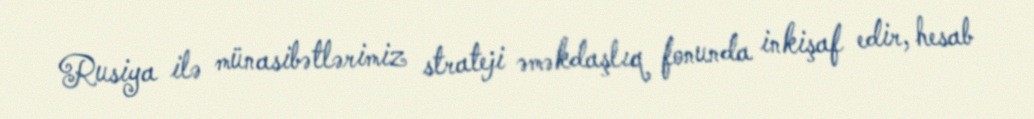
Rusiya ilə münasibətlərimiz strateji əməkdaşlıq fonunda inkişaf edir, hesab